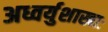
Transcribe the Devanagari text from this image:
अध्वर्युशाखाः